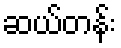
ဆယ်တန်း